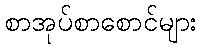
စာအုပ်စာစောင်များ